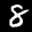
Label: 8